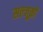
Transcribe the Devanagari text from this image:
सल्जूक़ों